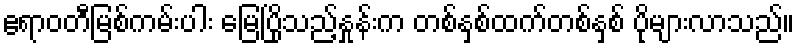
ဧရာဝတီမြစ်ကမ်းပါး မြေပြိုသည့်နှုန်းက တစ်နှစ်ထက်တစ်နှစ် ပိုများလာသည်။